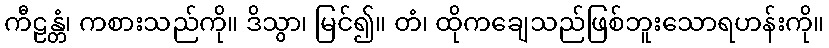
ကီဠန္တံ၊ ကစားသည်ကို။ ဒိသွာ၊ မြင်၍။ တံ၊ ထိုကချေသည်ဖြစ်ဘူးသောရဟန်းကို။